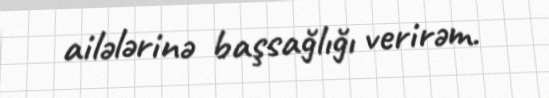
ailələrinə başsağlığı verirəm.